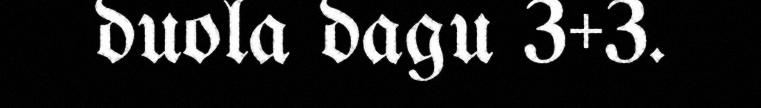
duola dagu 3+3.